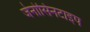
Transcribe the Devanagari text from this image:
जेनोसिनटाइप